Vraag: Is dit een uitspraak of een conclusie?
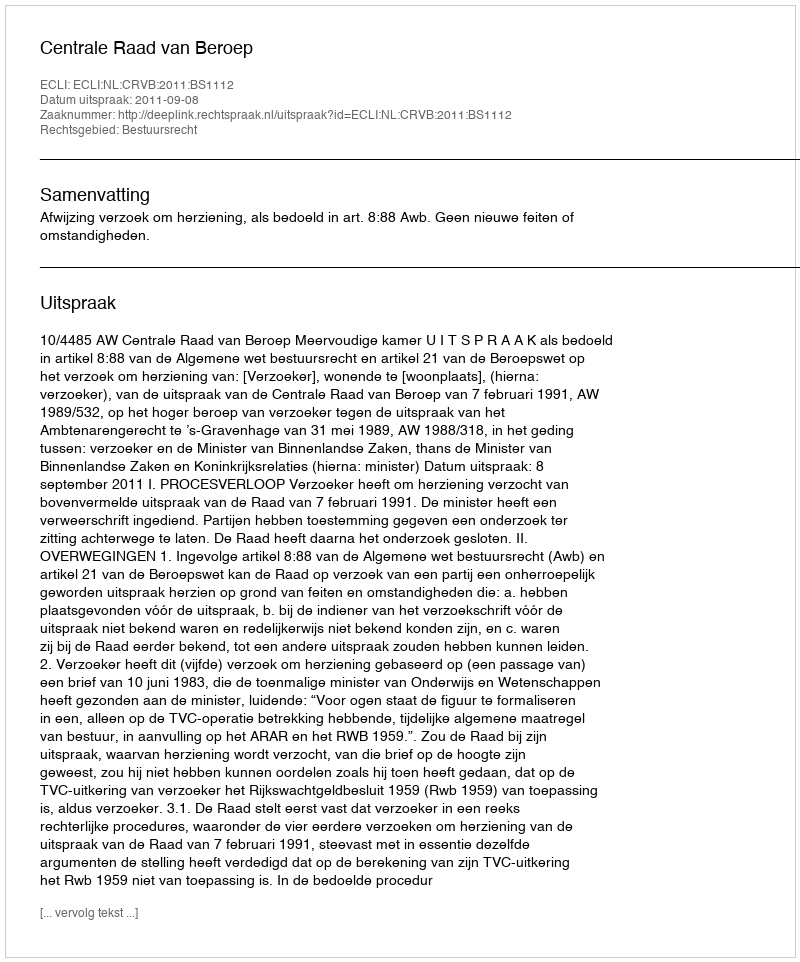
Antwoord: Uitspraak